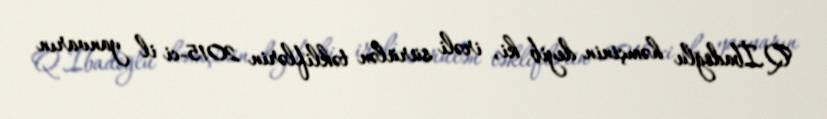
Q.İbadoğlu həmçinin deyib ki, irəli sürülən təkliflərin 2015-ci il yanvarın